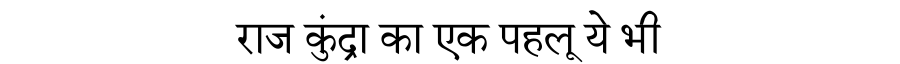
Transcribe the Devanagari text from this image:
राज कुंद्रा का एक पहलू ये भी